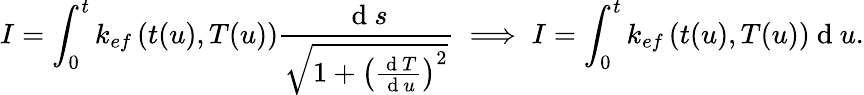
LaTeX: I=\int_{0}^{t}k_{ef}\left(t(u),T(u)\right)\frac{\mathrm{~d~}s}{\sqrt{1+\left(\frac{\mathrm{~d~}T}{\mathrm{~d~}u}\right)^{2}}}\implies I=\int_{0}^{t}k_{ef}\left(t(u),T(u)\right)\mathrm{~d~}u.